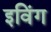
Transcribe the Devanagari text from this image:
इविंग